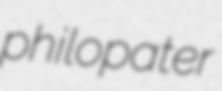
philopater